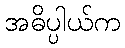
အဓိပ္ပါယ်က